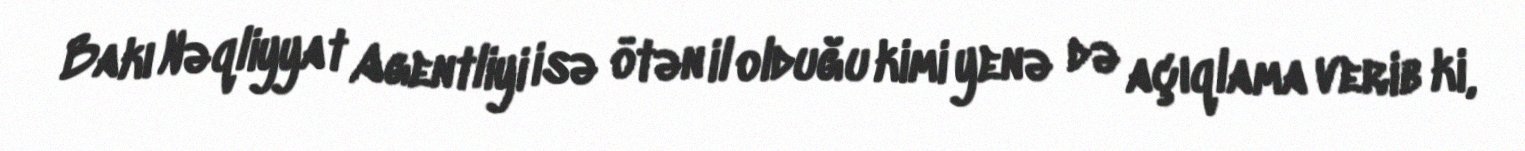
Bakı Nəqliyyat Agentliyi isə ötən il olduğu kimi yenə də açıqlama verib ki,